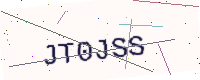
Text: JT0JSS